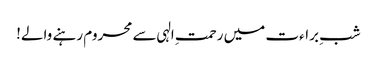
شبِ براءت میں رحمتِ الہی سے محروم رہنے والے!